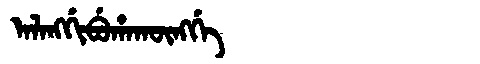
Manchu: ᠠᠯᠠᠩᡤᡳᠪᡠᡥᠠᡴᡡᠩᡤᡝ
Romanization: ALANGGIBUHAKŪNGGE